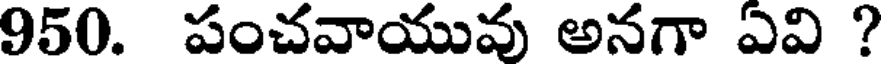
950. పంచవాయువు అనగా ఏవి ?